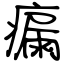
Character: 瘺